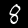
Label: 8